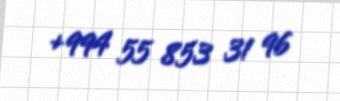
+994 55 853 31 96